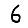
Digit: 6